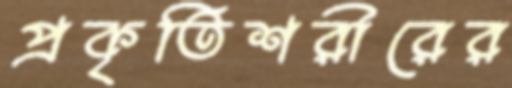
প্রকৃতিশরীরের